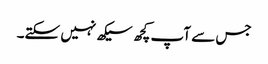
جس سے آپ کچھ سیکھ نہیں سکتے۔